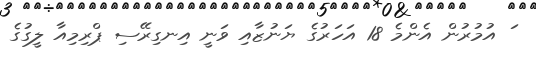
ަ އުމުރުން އެންމެ 18 އަހަރުގެ ޔަނުޒާއި ވަނީ އިނގިރޭސި ޕްރިމިއާ ލީގުގެ